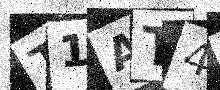
Text: T1AT4T